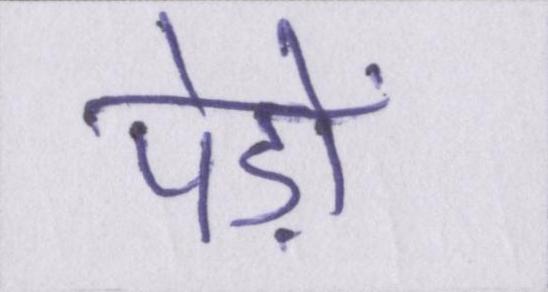
पेड़ों